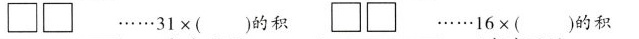
\underline{ \Box \Box }……31×( )的积 ……